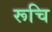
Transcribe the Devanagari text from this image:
रूचि